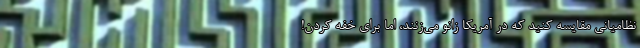
نظامیانی مقایسه کنید که در آمریکا زانو می‌زنند، اما برای خفه کردن!